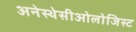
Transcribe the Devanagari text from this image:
अनेस्थेसीओलोजिस्ट